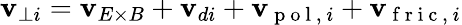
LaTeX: \mathbf{v}_{\perp i}=\mathbf{v}_{E\times B}+\mathbf{v}_{di}+\mathbf{v}_{\mathrm{~p~o~l~,~}i}+\mathbf{v}_{\mathrm{~f~r~i~c~,~}i}